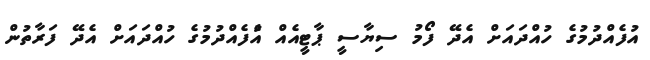
އުފެއްދުމުގެ ހުއްދައަށް އެދޭ ފޯމު ސިޔާސީ ޕާޓީއެއް އެުފެއްދުމުގެ ހުއްދައަށް އެދޭ ފަރާތުން